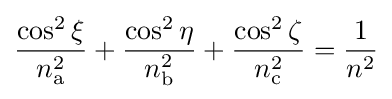
{\frac {\cos ^{2}\xi }{n_{\text{a}}^{2}}}+{\frac {\cos ^{2}\eta }{n_{\text{b}}^{2}}}+{\frac {\cos ^{2}\zeta }{n_{\text{c}}^{2}}}={\frac {1}{n^{2}}}